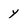
Character: y